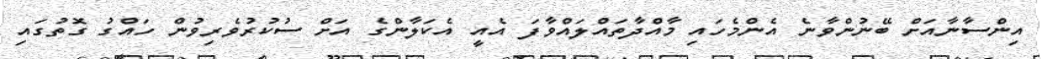
އިންސާނާއަށް ބޭނުންވާނެ އެންމެހައި މާއްދާތައްލައްވާފަ އެއީ އެކަލާންގެ އަށް ސުކުރުވެރިވުން ހައްގު ގޮތުގައި